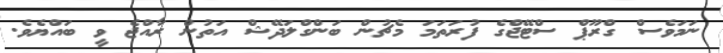
ނަމަވެސް ގްރޫޕް ސްޓޭޖްގެ ފުރަތަމަ މެޗުން ބަންގްލަދޭޝް އަތުން ރާއްޖެ ވީ ބައްޔެވެ.